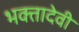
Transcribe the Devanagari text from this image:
भक्तादेवी